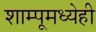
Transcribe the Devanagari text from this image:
शाम्पूमध्येही